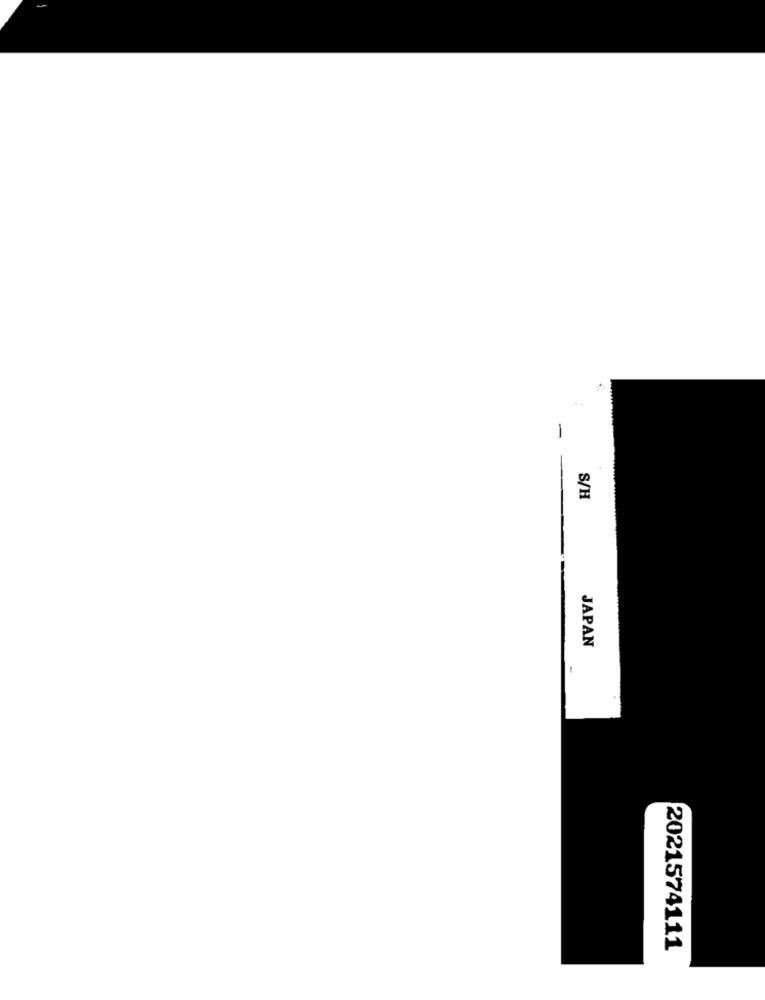
-
S/H
JAPAN
2021574111